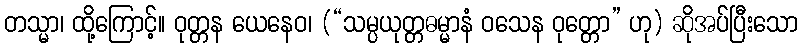
တသ္မာ၊ ထို့ကြောင့်။ ဝုတ္တန ယေနေဝ၊ (“သမ္ပယုတ္တဓမ္မာနံ ဝသေန ဝုတ္တော” ဟု) ဆိုအပ်ပြီးသော